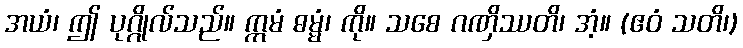
အယံ၊ ဤ ပုဂ္ဂိုလ်သည်။ ဣမံ ဓမ္မံ၊ ကို။ သစေ ဂဏှိဿတိ၊ အံ့။ (ဧဝံ သတိ၊)